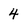
Character: 4